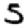
Digit: 5